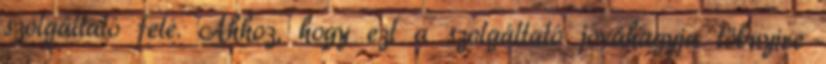
szolgáltató felé. Ahhoz, hogy ezt a szolgáltató jóváhagyja töbnyire